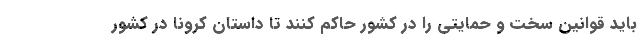
باید قوانین سخت و حمایتی را در کشور حاکم کنند تا داستان کرونا در کشور